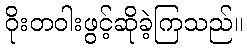
ဝိုးတဝါးဖွင့်ဆိုခဲ့ကြသည်။